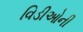
વિડીઓની